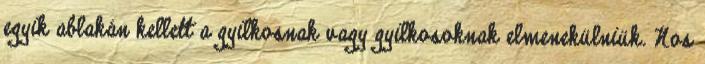
egyik ablakán kellett a gyilkosnak vagy gyilkosoknak elmenekülniük. Nos